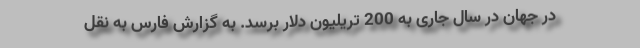
در جهان در سال جاری به 200 تریلیون دلار برسد. به گزارش فارس به نقل